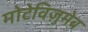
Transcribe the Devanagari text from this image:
मोटेविज़ुमेब